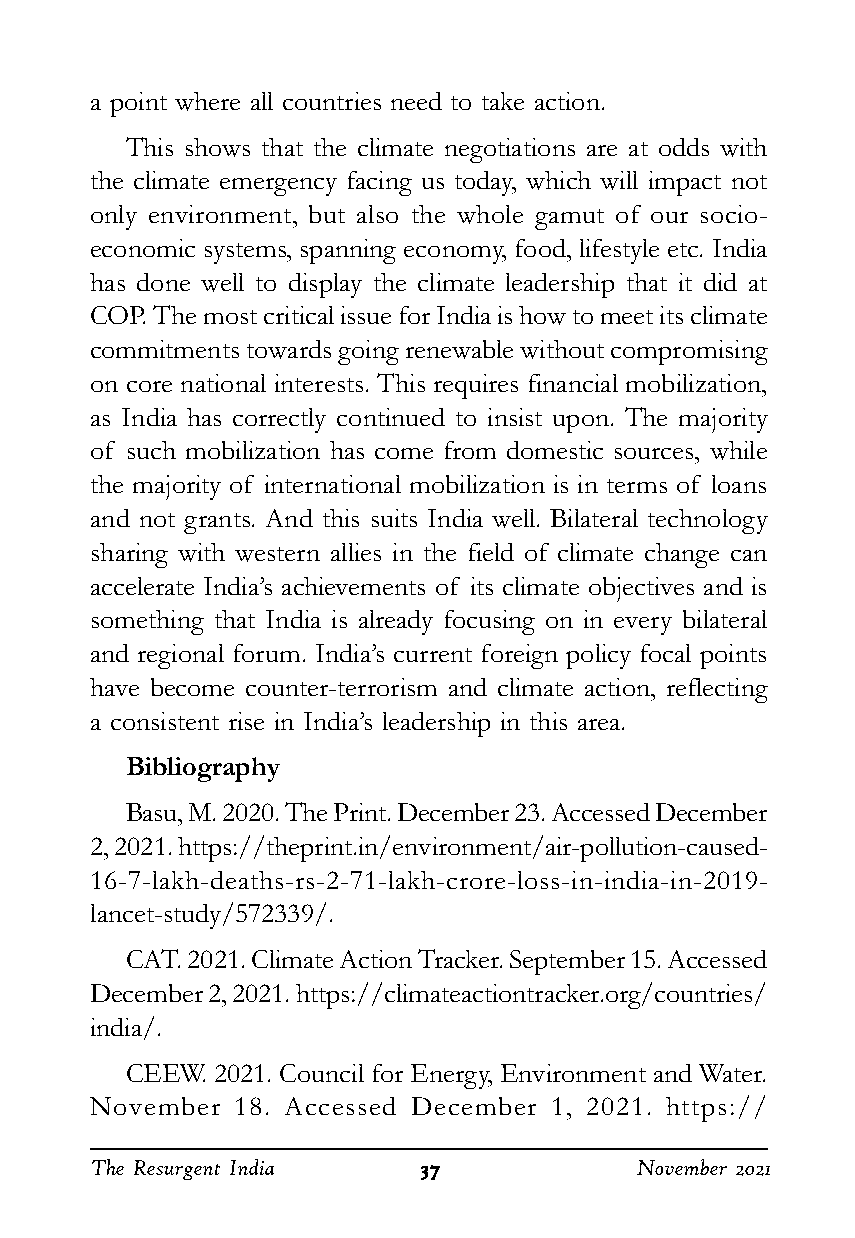
a point where all countries need to take action.
 This shows that the climate negotiations are at odds with
 the climate emergency facing us today, which will impact not
 only environment, but also the whole gamut of our socio-
 economic systems, spanning economy, food, lifestyle etc. India
 has done well to display the climate leadership that it did at
 COP. The most critical issue for India is how to meet its climate
 commitments towards going renewable without compromising
 on core national interests. This requires financial mobilization,
 as India has correctly continued to insist upon. The majority
 of such mobilization has come from domestic sources, while
 the majority of international mobilization is in terms of loans
 and not grants. And this suits India well. Bilateral technology
 sharing with western allies in the field of climate change can
 accelerate India’s achievements of its climate objectives and is
 something that India is already focusing on in every bilateral
 and regional forum. India’s current foreign policy focal points
 have become counter-terrorism and climate action, reflecting
 a consistent rise in India’s leadership in this area.
 Bibliography
 Basu, M. 2020. The Print. December 23. Accessed December
 2, 2021. https://theprint.in/environment/air-pollution-caused-
 16-7-lakh-deaths-rs-2-71-lakh-crore-loss-in-india-in-2019-
 lancet-study/572339/.
 CAT. 2021. Climate Action Tracker. September 15. Accessed
 December 2, 2021. https://climateactiontracker.org/countries/
 india/.
 CEEW. 2021. Council for Energy, Environment and Water.
 November 18. Accessed December 1, 2021. https://
 The Resurgent India   3333377777    November 2021